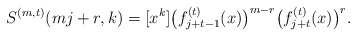
\begin{align*}S^{(m,t)}(mj+r,k)=[x^k]\bigl(f^{(t)}_{j+t-1}(x)\bigr)^{m-r}\bigl(f^{(t)}_{j+t}(x)\bigr)^r.\end{align*}